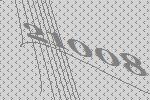
21008